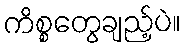
ကိစ္စတွေချည့်ပဲ။